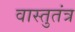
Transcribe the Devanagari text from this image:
वास्तुतंत्र